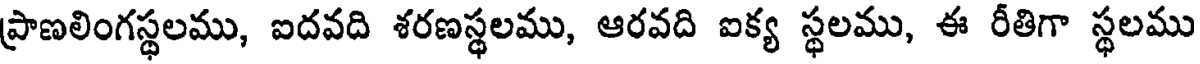
ప్రాణలింగస్థలము, ఐదవది శరణస్థలము, ఆరవది ఐక్య స్థలము, ఈ రీతిగా స్థలము